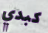
كبدي